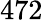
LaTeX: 472